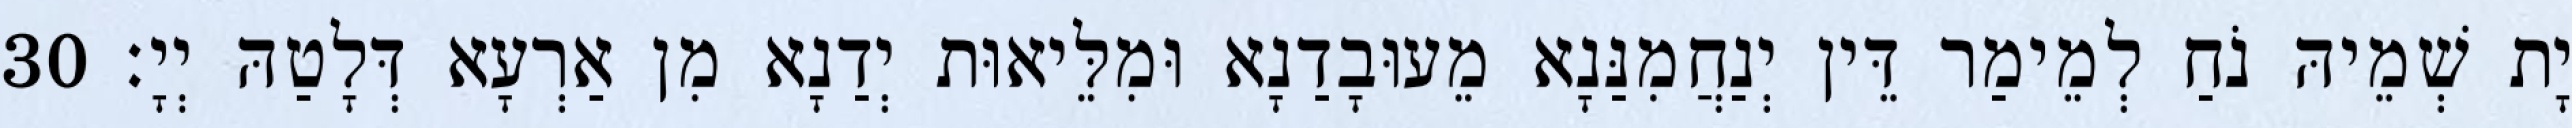
יָת שְׁמֵיהּ נֹחַ לְמֵימַר דֵּין יְנַחֲמִנַּנָא מֵעוּבָדַנָא וּמִלֵּיאוּת יְדַנָא מִן אַרְעָא דְּלָטַהּ יְיָ׃ 30